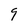
Character: 9